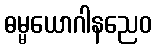
ဓမ္မယောဂါနညေဝ